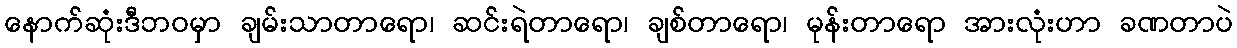
နောက်ဆုံးဒီဘဝမှာ ချမ်းသာတာရော၊ ဆင်းရဲတာရော၊ ချစ်တာရော၊ မုန်းတာရော အားလုံးဟာ ခဏတာပဲ